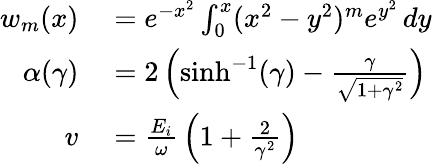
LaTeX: \begin{array}{rl}{w_{m}(x)}&{{}=e^{-x^{2}}\int_{0}^{x}(x^{2}-y^{2})^{m}e^{y^{2}}\, dy}\\ {\alpha(\gamma)}&{{}=2\left(\sinh^{-1}(\gamma)-{\frac{\gamma}{\sqrt{1+\gamma^{2}}}}\right)}\\ {v}&{{}={\frac{E_{i}}{\omega}}\left(1+{\frac{2}{\gamma^{2}}}\right)}\end{array}